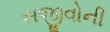
સજીવોની